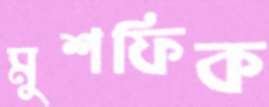
মুশফিক